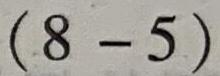
$(8 - 5)$